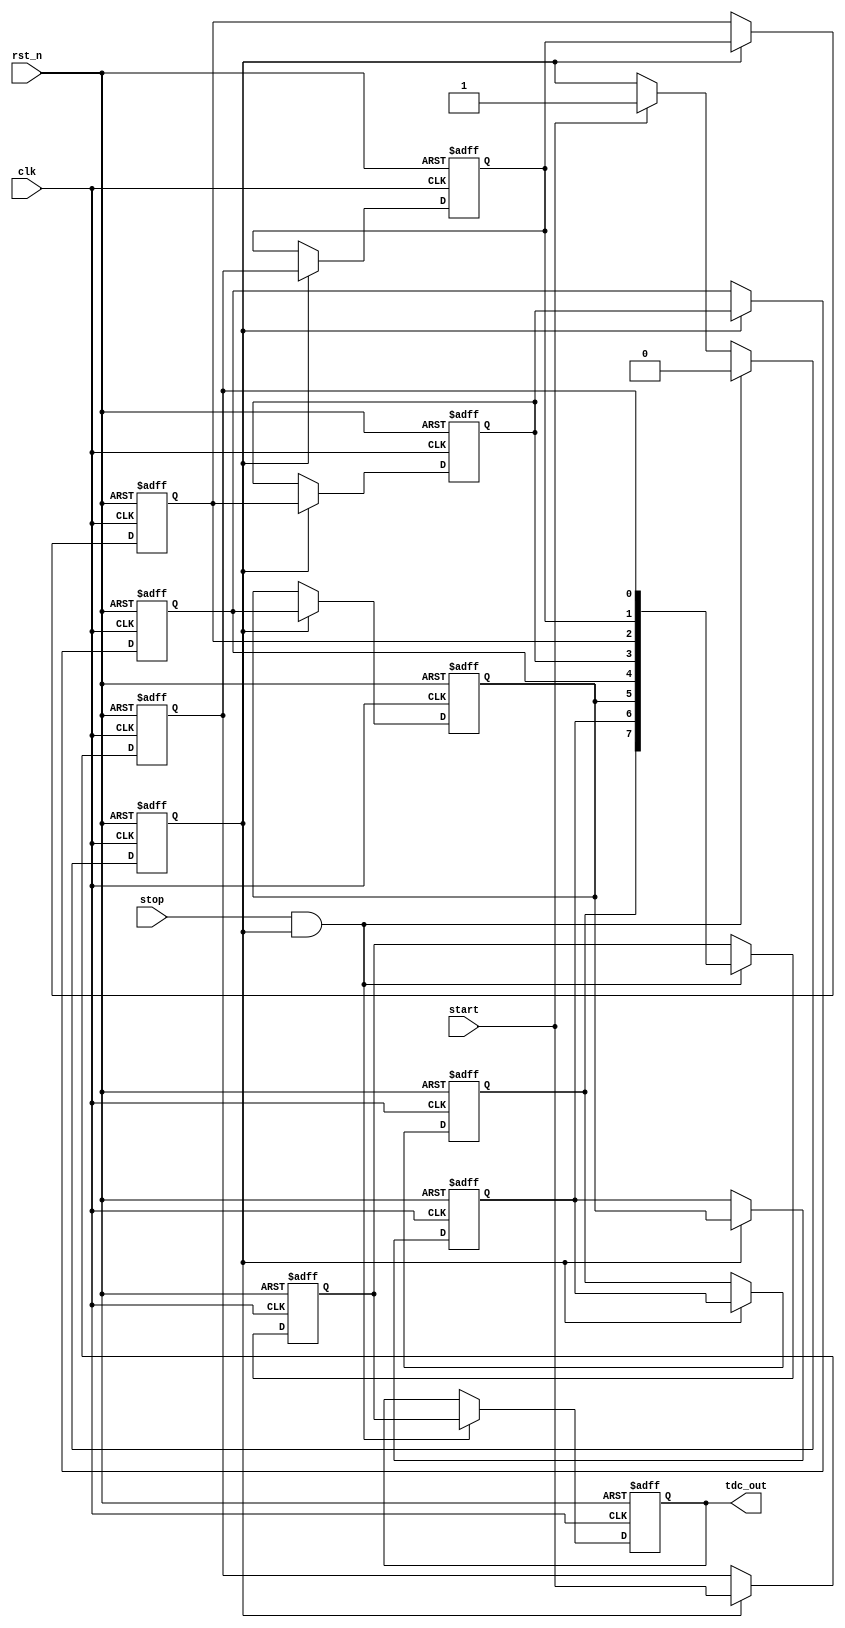
module tdc_delay_line (
    input wire clk,
    input wire rst_n,          // Active low reset
    input wire start,         // Start signal
    input wire stop,          // Stop signal
    output reg [N-1:0] tdc_out // TDC output (N bits)
);

parameter N = 8;              // Number of delay elements (resolution)
parameter DELAY_TIME = 1;    // Fixed delay time per element (in clock cycles)

// Delay line storage
reg [N-1:0] delay_line;
reg measuring;
reg [N-1:0] captured_value;

// Delay line instantiation
genvar i;
generate
    for (i = 0; i < N; i = i + 1) begin : delay_elements
        if (i == 0) begin
            always @(posedge clk or negedge rst_n) begin
                if (!rst_n) begin
                    delay_line[i] <= 1'b0;  // Initial state
                end else if (measuring) begin
                    delay_line[i] <= start; // Propagate the start signal
                end
            end
        end else begin
            always @(posedge clk or negedge rst_n) begin
                if (!rst_n) begin
                    delay_line[i] <= 1'b0;  // Initial state
                end else if (measuring) begin
                    delay_line[i] <= delay_line[i-1]; // Propagate through delay line
                end
            end
        end
    end
endgenerate

// Control logic
always @(posedge clk or negedge rst_n) begin
    if (!rst_n) begin
        measuring <= 1'b0;
        tdc_out <= 0;
        captured_value <= 0;
    end else begin
        if (start) begin
            measuring <= 1'b1; // Start measuring
        end
        
        if (stop && measuring) begin
            measuring <= 1'b0; // Stop measuring
            captured_value <= delay_line; // Capture the delay line state
            tdc_out <= captured_value; // Output the captured value
        end
    end
end

endmodule